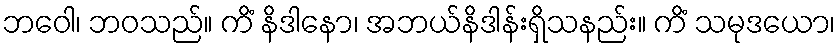
ဘဝေါ၊ ဘဝသည်။ ကိံ နိဒါနော၊ အဘယ်နိဒါန်းရှိသနည်း။ ကိံ သမုဒယော၊